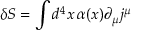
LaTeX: \delta S = \int d ^ { 4 } x \, \alpha ( x ) \partial _ { \mu } j ^ { \mu }